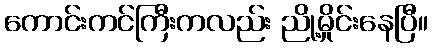
ကောင်းကင်ကြီးကလည်း ညို့မှိုင်းနေပြီ။